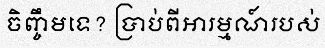
ចិញ្ចឹមទេ? ប្រាប់ពីអារម្មណ៍របស់